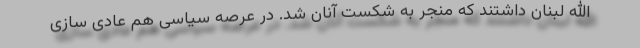
الله لبنان داشتند که منجر به شکست آنان شد. در عرصه سیاسی هم عادی سازی